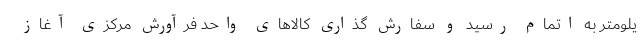
یلومتر به اتمام رسید و سفارش گذاری کالاهای واحد فرآورش مرکزی آغاز